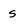
Character: s